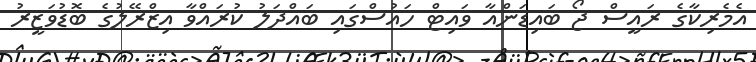
އެމެެރިކާގެ ރައީސް ޖޯ ބައިޑަންއާ ވައިޓް ހައުސްގައި ބައްދަލު ކުރައްވާ އިޒްރޭލުގެ ބޮޑުވަޒީރު